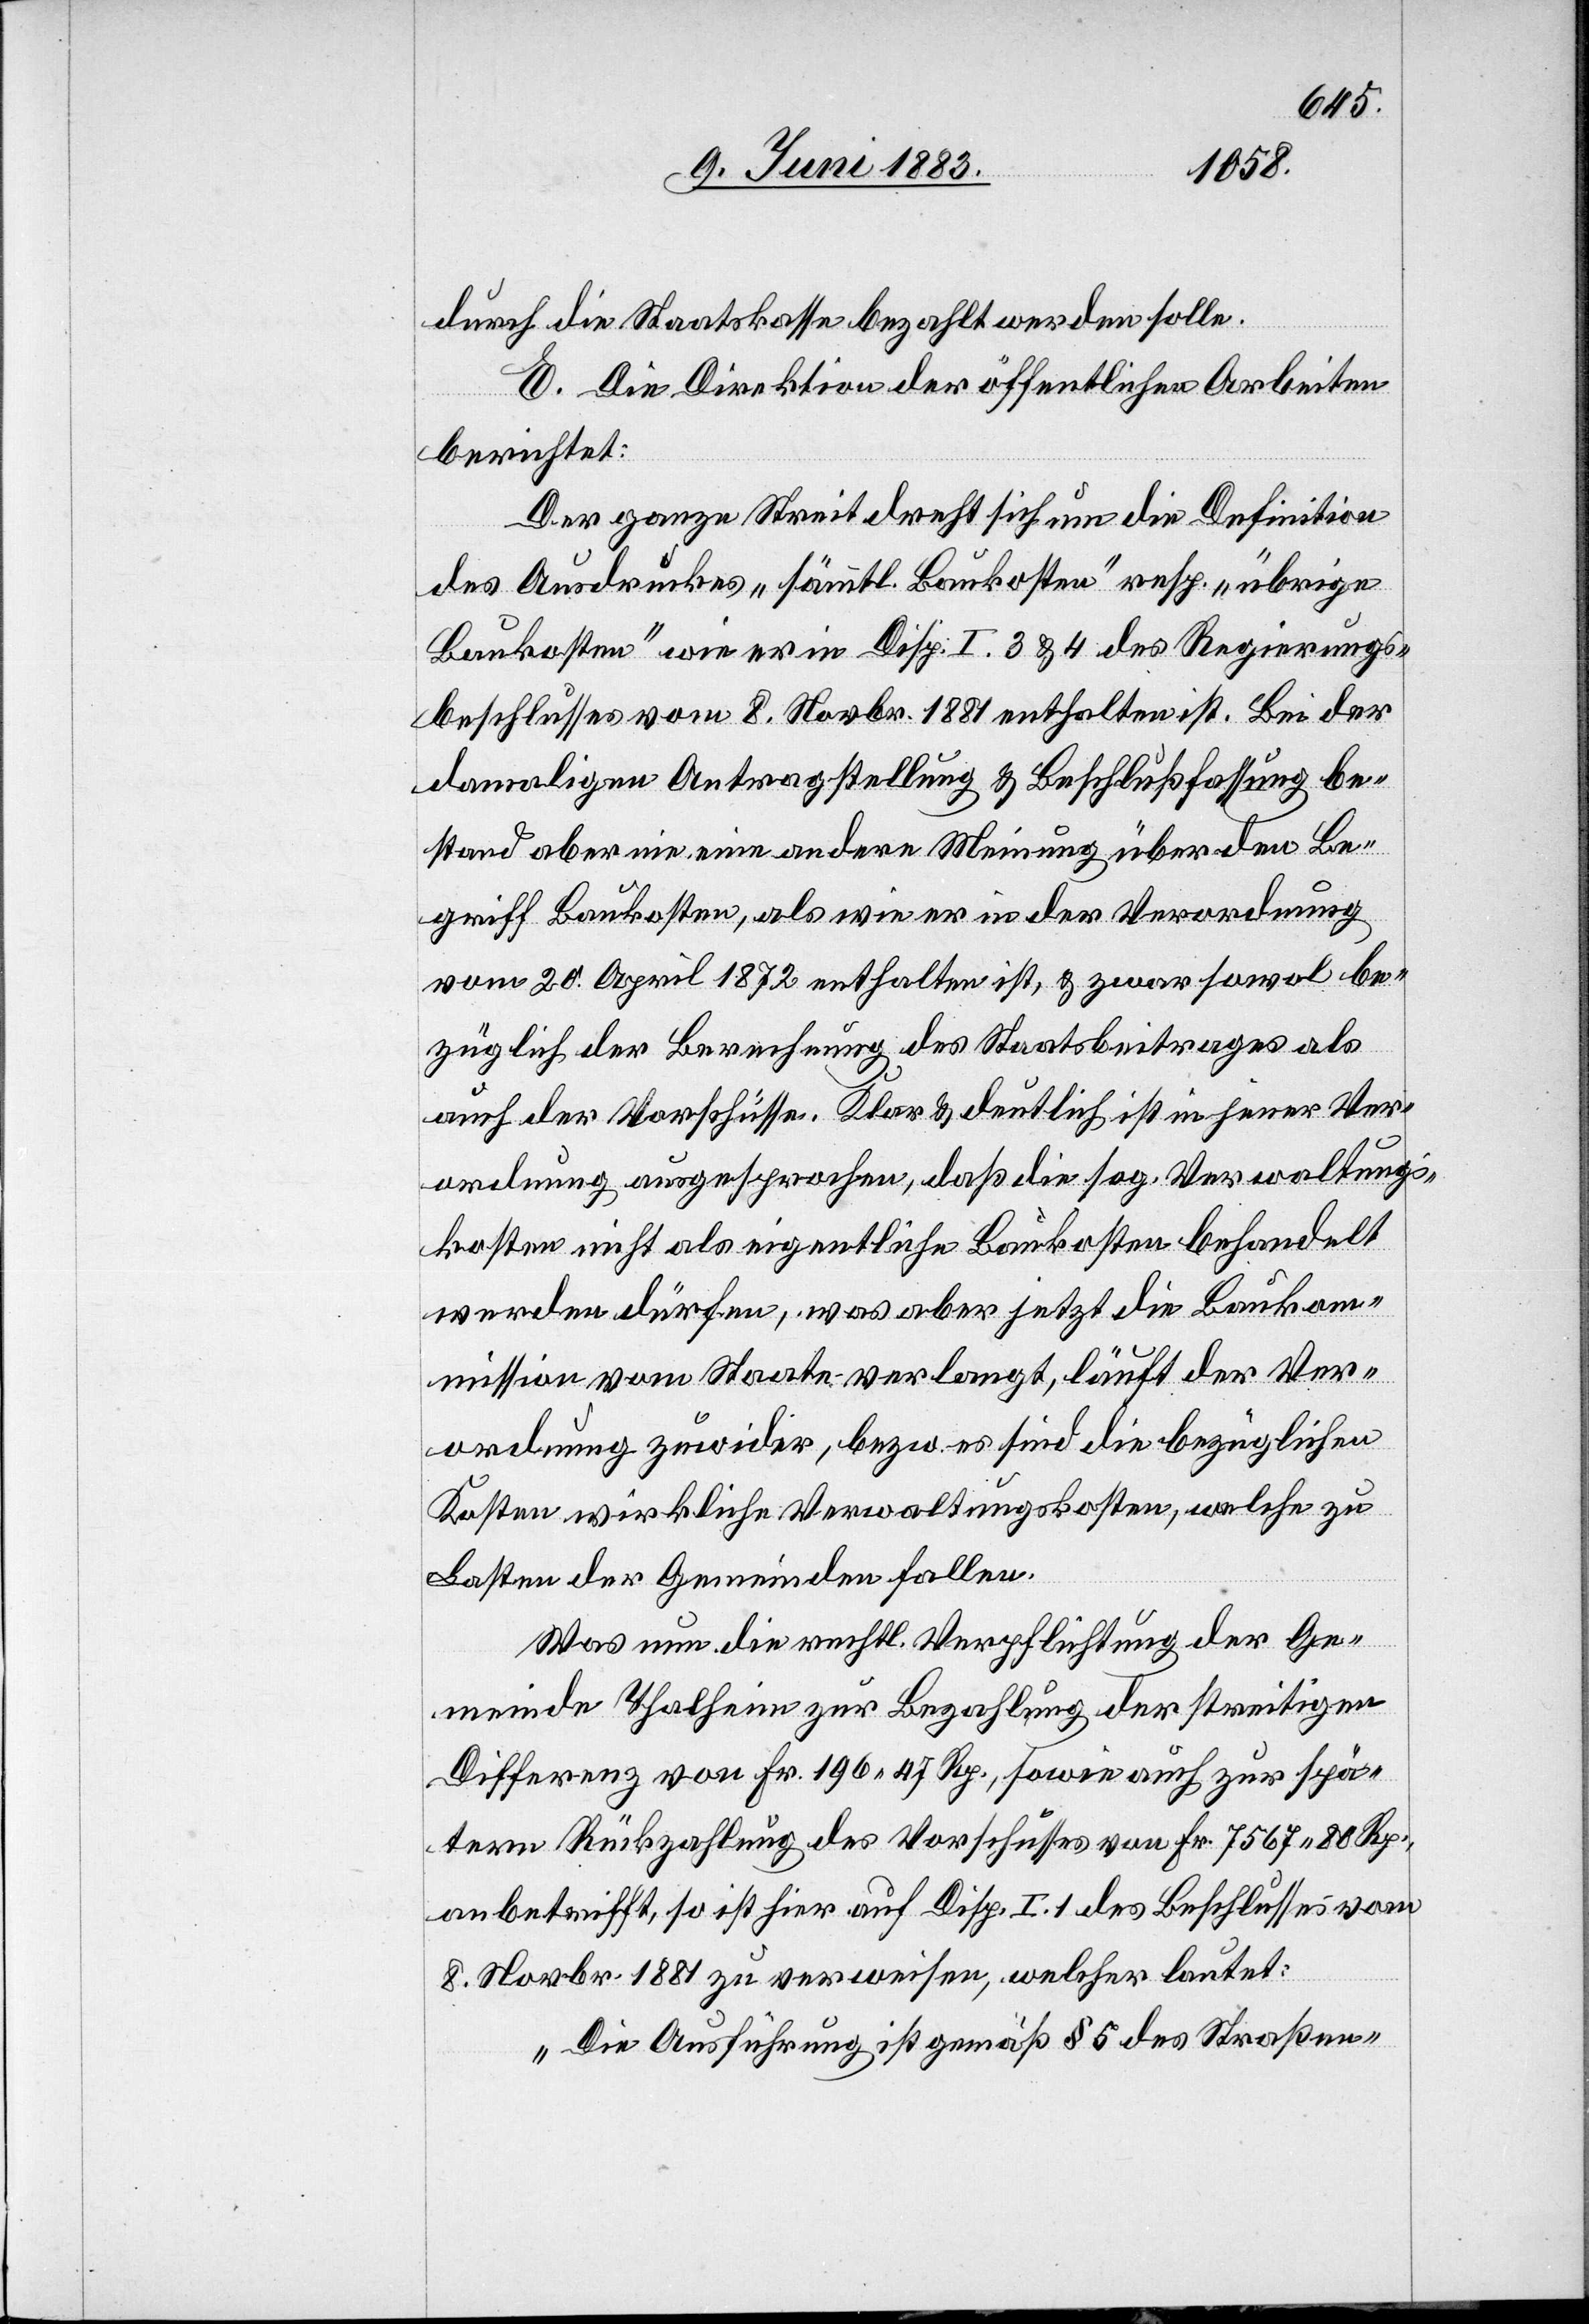
durch die Staatskasse bezahlt werden solle.
E. Die Direktion der öffentlichen Arbeiten
berichtet:
Der ganze Streit dreht sich um die Definition
des Ausdruckes „sämmtl. Baukosten“ resp. „übrige
Baukosten“ wie er in Disp. I. 3 & 4 des Regierungs¬
beschlusses vom 8. Novbr. 1881 enthalten ist. Bei der
damaligen Antragstellung & Beschlußfassung be¬
stand aber nie eine andere Meinung über den Be¬
griff Baukosten, als wie er in der Verordnung
vom 20. April 1872 enthalten ist, & zwar sowol be¬
züglich der Berechnung des Staatsbeitrages als
auch der Vorschüsse. Klar & deutlich ist in jener Ver¬
ordnung ausgesprochen, daß die sog. Verwaltungs¬
kosten nicht als eigentliche Baukosten behandelt
werden dürfen, was aber jetzt die Bauko¬
mmission vom Staate verlangt, läuft der Ver¬
ordnung zuwider, bezw. es sind die bezüglichen
Kosten wirkliche Verwaltungskosten, welche zu
Lasten der Gemeinden fallen.
Was nun die rechtl. Verpflichtung der Ge¬
meinde Thalheim zur Bezahlung der streitigen
Differenz von Fr. 196 47 Rp., sowie auch zur spä¬
tern Rückzahlung des Vorschusses von Fr. 7567 80 Rp.,
anbetrifft, so ist hier auf Disp. I. 1 des Beschlusses vom
8. Novbr. 1881 zu verweisen, welcher lautet:
„Die Ausführung ist gemäß § 5 Straßen-